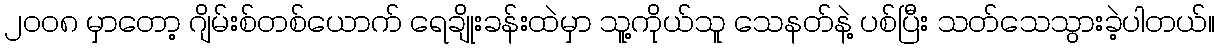
၂၀၀၈ မှာတော့ ဂျိမ်းစ်တစ်ယောက် ရေချိုးခန်းထဲမှာ သူ့ကိုယ်သူ သေနတ်နဲ့ ပစ်ပြီး သတ်သေသွားခဲ့ပါတယ်။